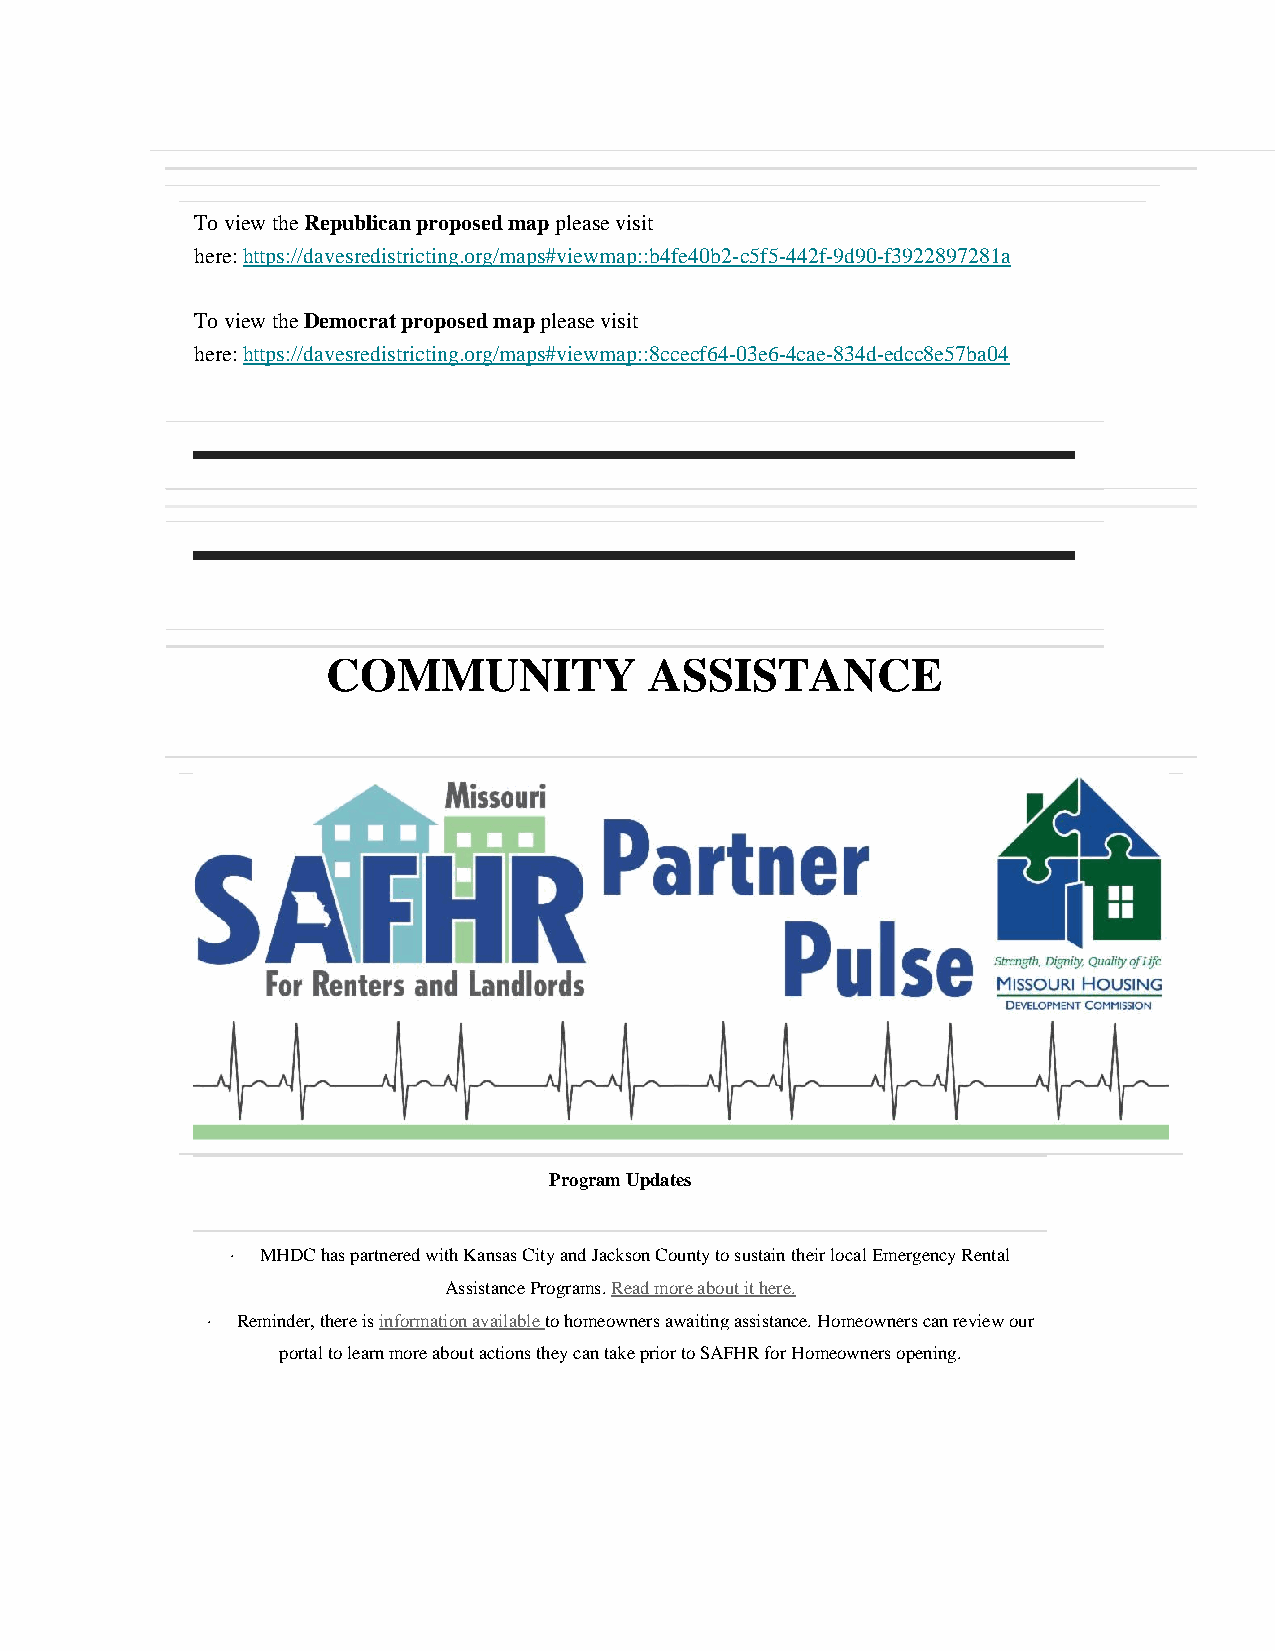
To view the Republican proposed map please visit
 here: https://davesredistricting.org/maps#viewmap::b4fe40b2-c5f5-442f-9d90-f3922897281a
 To view the Democrat proposed map please visit
 here: https://davesredistricting.org/maps#viewmap::8ccecf64-03e6-4cae-834d-edcc8e57ba04
 COMMUNITY            ASSISTANCE
 Program Updates
 · MHDC has partnered with Kansas City and Jackson County to sustain their local Emergency Rental
 Assistance Programs. Read more about it here.
 · Reminder, there is information available to homeowners awaiting assistance. Homeowners can review our
 portal to learn more about actions they can take prior to SAFHR for Homeowners opening.